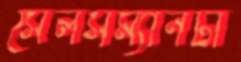
সেলসম্যানটা